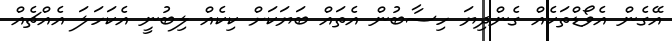
އޭގެން އެވޯޑްތަކެއް ގެންދިޔަ ހިސާބުން އެތައް ބަޔަކަށް ކިކެއް ލިބުނީ އެކަހަލަ އެއްޗެއް